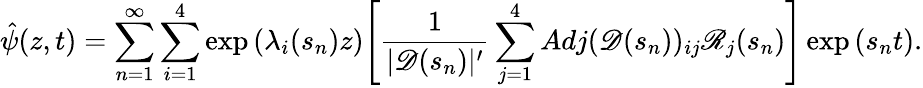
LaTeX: \hat{\psi}(z,t)=\sum_{n=1}^{\infty}\sum_{i=1}^{4}\exp{(\lambda_{i}(s_{n})z)}\Bigg[\frac{1}{|\mathscr{D}(s_{n})|^{\prime}}\sum_{j=1}^{4}Adj(\mathscr{D}(s_{n}))_{ij}\mathscr{R}_{j}(s_{n})\Bigg]\exp{(s_{n}t)}.